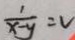
\frac { 1 } { x - y } = v